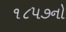
૧૮૫૭નો